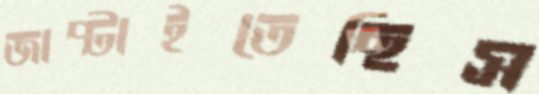
জাপ্‌টাইতেছিস